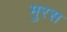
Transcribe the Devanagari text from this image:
मुरस